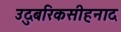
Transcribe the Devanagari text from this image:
उदुबरिकसीहनाद